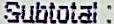
SUBTOTAL :